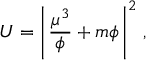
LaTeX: U = \left| \, \frac { \mu ^ { 3 } } { \phi } + m \phi \, \right| ^ { 2 } \, ,